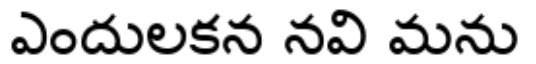
ఎందులకన నవి మను